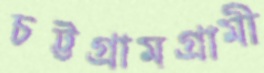
চট্টগ্রামগ্রামী